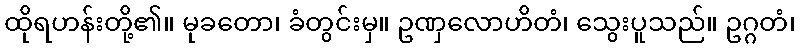
ထိုရဟန်းတို့၏။ မုခတော၊ ခံတွင်းမှ။ ဥဏှလောဟိတံ၊ သွေးပူသည်။ ဥဂ္ဂတံ၊